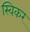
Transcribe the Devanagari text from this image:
स्विकर